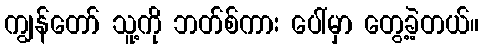
ကျွန်တော် သူ့ကို ဘတ်စ်ကား ပေါ်မှာ တွေ့ခဲ့တယ်။